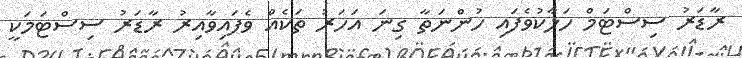
ރާޑަރު ސިސްޓަމް ހަލާކުވެފައި ހުންނަތާ ގިނަ އަހަރު ތަކެއް ވެފައިވާއިރު ރާޑަރު ސިސްޓަމަކީ